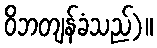
ဝိဘတျန်ခံသည်)။